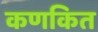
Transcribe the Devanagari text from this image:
कणकित